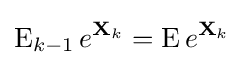
\operatorname {E} _{k-1}e^{\mathbf {X} _{k}}=\operatorname {E} e^{\mathbf {X} _{k}}